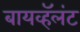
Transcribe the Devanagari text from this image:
बायव्हॅलंट